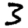
Digit: 3